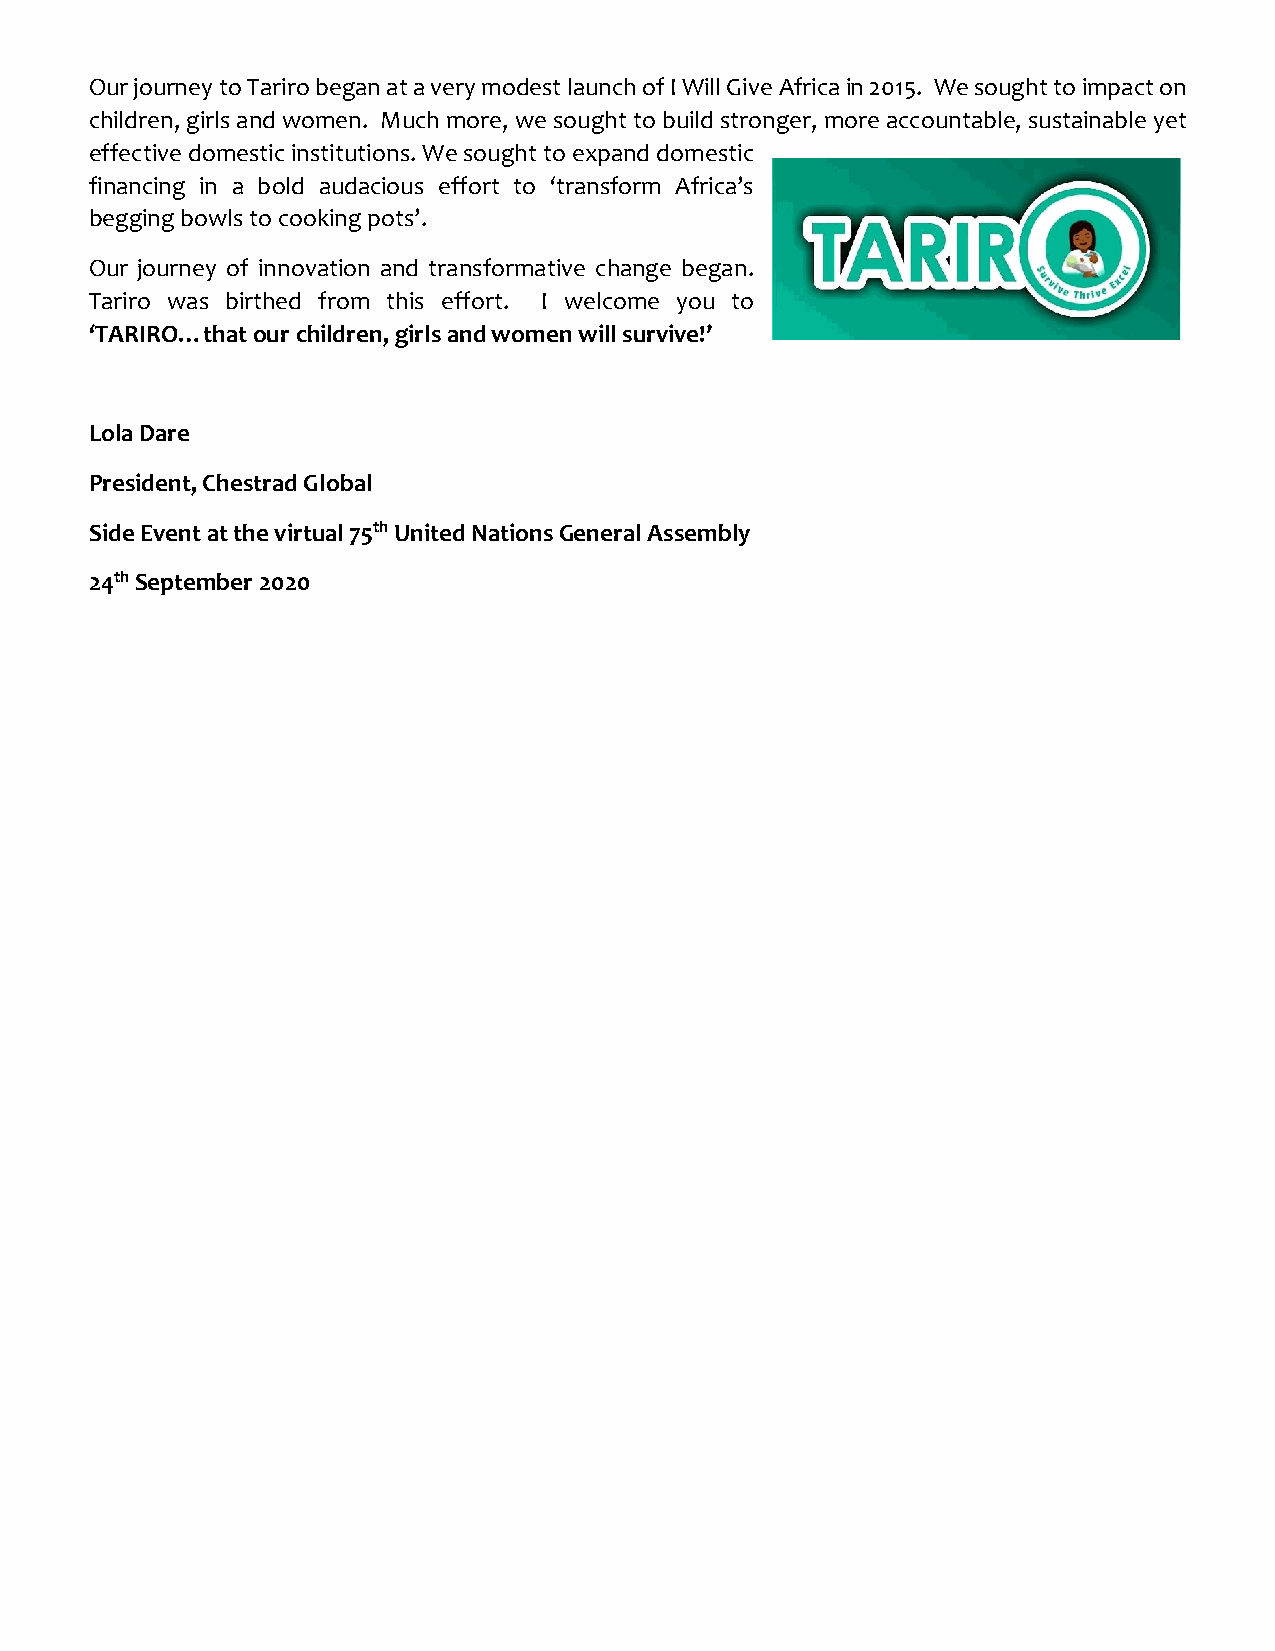
Our journey to Tariro began at a very modest launch of I Will Give Africa in 2015. We sought to impact on
 children, girls and women. Much more, we sought to build stronger, more accountable, sustainable yet
 effective domestic institutions. We sought to expand domestic
 financing in a bold audacious effort to ‘transform Africa’s
 begging bowls to cooking pots’.
 Our journey of innovation and transformative change began.
 Tariro was birthed from this effort. I welcome you to
 ‘TARIRO…that our children, girls and women will survive!’
 Lola Dare
 President, Chestrad Global
 Side Event at the virtual 75th United Nations General Assembly
 24th September 2020